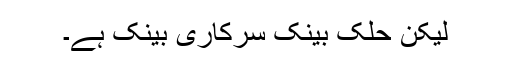
لیکن حلک بینک سرکاری بینک ہے۔